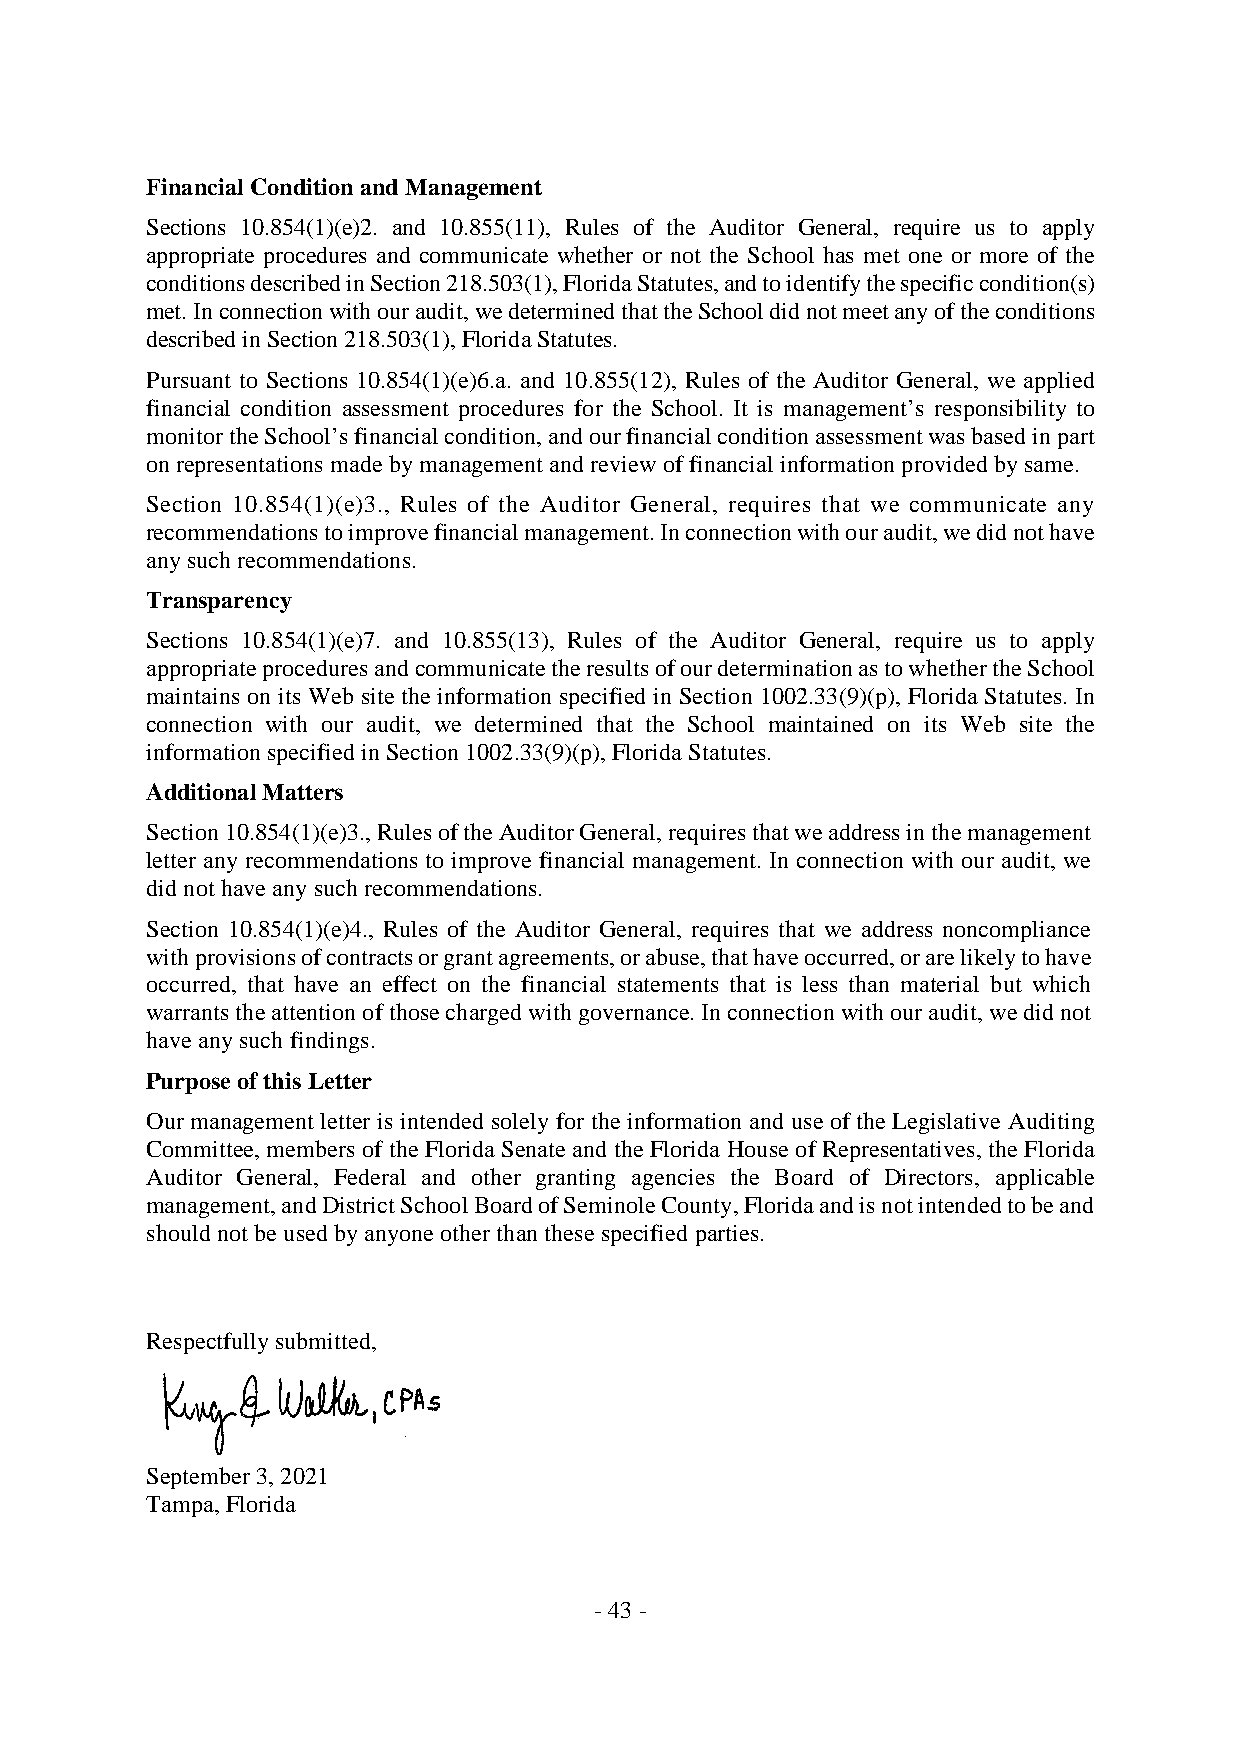
FinancialConditionandManagement
 Sections 10.854(1)(e)2. and 10.855(11), Rules of the Auditor General, require us to apply
 appropriate procedures and communicate whether or not the School has met one or more of the
 conditionsdescribedinSection218.503(1),FloridaStatutes,andtoidentifythespecificcondition(s)
 met.Inconnectionwithouraudit,wedeterminedthattheSchooldidnotmeetanyoftheconditions
 describedinSection218.503(1),FloridaStatutes.
 Pursuant to Sections 10.854(1)(e)6.a. and 10.855(12), Rules of the Auditor General, we applied
 financial condition assessment procedures for the School. It is management’s responsibility to
 monitortheSchool’sfinancialcondition,andourfinancialconditionassessmentwasbasedinpart
 onrepresentationsmadebymanagementand reviewoffinancialinformationprovidedbysame.
 Section 10.854(1)(e)3., Rules of the Auditor General, requires that we communicate any
 recommendationstoimprovefinancialmanagement.Inconnectionwithouraudit,wedidnothave
 anysuchrecommendations.
 Transparency
 Sections 10.854(1)(e)7. and 10.855(13), Rules of the Auditor General, require us to apply
 appropriateproceduresandcommunicatetheresultsofourdeterminationastowhethertheSchool
 maintains on its Web site the information specified in Section 1002.33(9)(p), Florida Statutes. In
 connection with our audit, we determined that the School maintained on its Web site the
 informationspecifiedin Section1002.33(9)(p), FloridaStatutes.
 AdditionalMatters
 Section10.854(1)(e)3.,RulesoftheAuditorGeneral,requiresthatweaddressinthemanagement
 letter any recommendations to improve financial management. In connection with our audit, we
 didnothaveanysuchrecommendations.
 Section 10.854(1)(e)4., Rules of the Auditor General, requires that we address noncompliance
 withprovisionsofcontractsorgrantagreements,orabuse,thathaveoccurred,orarelikelytohave
 occurred, that have an effect on the financial statements that is less than material but which
 warrantstheattentionofthosechargedwithgovernance.Inconnectionwithouraudit,wedidnot
 haveanysuch findings.
 PurposeofthisLetter
 Our management letter is intended solely for the information and use of the Legislative Auditing
 Committee, members of theFloridaSenateand theFlorida HouseofRepresentatives, theFlorida
 Auditor General, Federal and other granting agencies the Board of Directors, applicable
 management,andDistrictSchoolBoardofSeminoleCounty,Floridaandisnotintendedtobeand
 shouldnotbeusedbyanyoneotherthanthesespecifiedparties.
 Respectfullysubmitted,
 September3,2021
 Tampa,Florida
 -43-